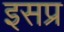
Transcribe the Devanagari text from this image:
इसप्र